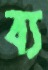
ব্য